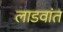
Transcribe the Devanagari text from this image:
लाडवांत